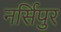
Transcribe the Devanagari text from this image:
नर्सिपुर